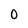
Character: 0